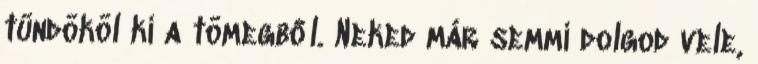
tündököl ki a tömegből. Neked már semmi dolgod vele,